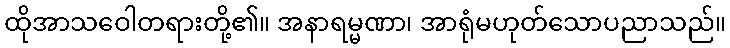
ထိုအာသဝေါတရားတို့၏။ အနာရမ္မဏာ၊ အာရုံမဟုတ်သောပညာသည်။